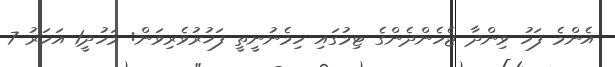
އެންމެ ފަހު ވިންދާ ޖެހެންދެންގެ ޓިމުގައި ހިމެނުނީތީ ފަޚުރުވެރިވަން: މަހުދީ1 އަހަރު 7